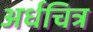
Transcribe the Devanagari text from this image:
अर्धचित्र